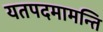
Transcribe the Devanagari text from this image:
यतपदमामन्ति